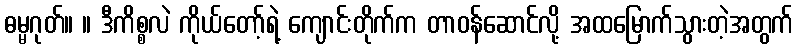
ဓမ္မဂုတ်။ ။ ဒီကိစ္စလဲ ကိုယ်တော့်ရဲ့ ကျောင်းတိုက်က တာဝန်ဆောင်လို့ အထမြောက်သွားတဲ့အတွက်